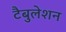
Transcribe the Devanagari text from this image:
टैबुलेशन